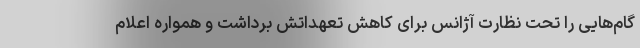
گام‌هایی را تحت نظارت آژانس برای کاهش تعهداتش برداشت و همواره اعلام